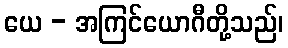
ယေ - အကြင်ယောဂီတို့သည်၊